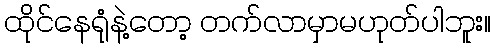
ထိုင်နေရုံနဲ့တော့ တက်လာမှာမဟုတ်ပါဘူး။